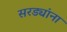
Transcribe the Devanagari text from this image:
सरड्यांना